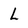
Character: L